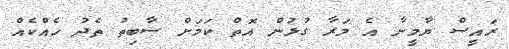
ރައީސް ޔާމީނާ އެ މަރާ ގުޅުން އޮތް ކަމަށް ސާބިތު ތެދު ހެއްކެއް